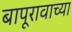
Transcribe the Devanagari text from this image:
बापूरावाच्या